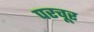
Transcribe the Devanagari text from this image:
परचूर